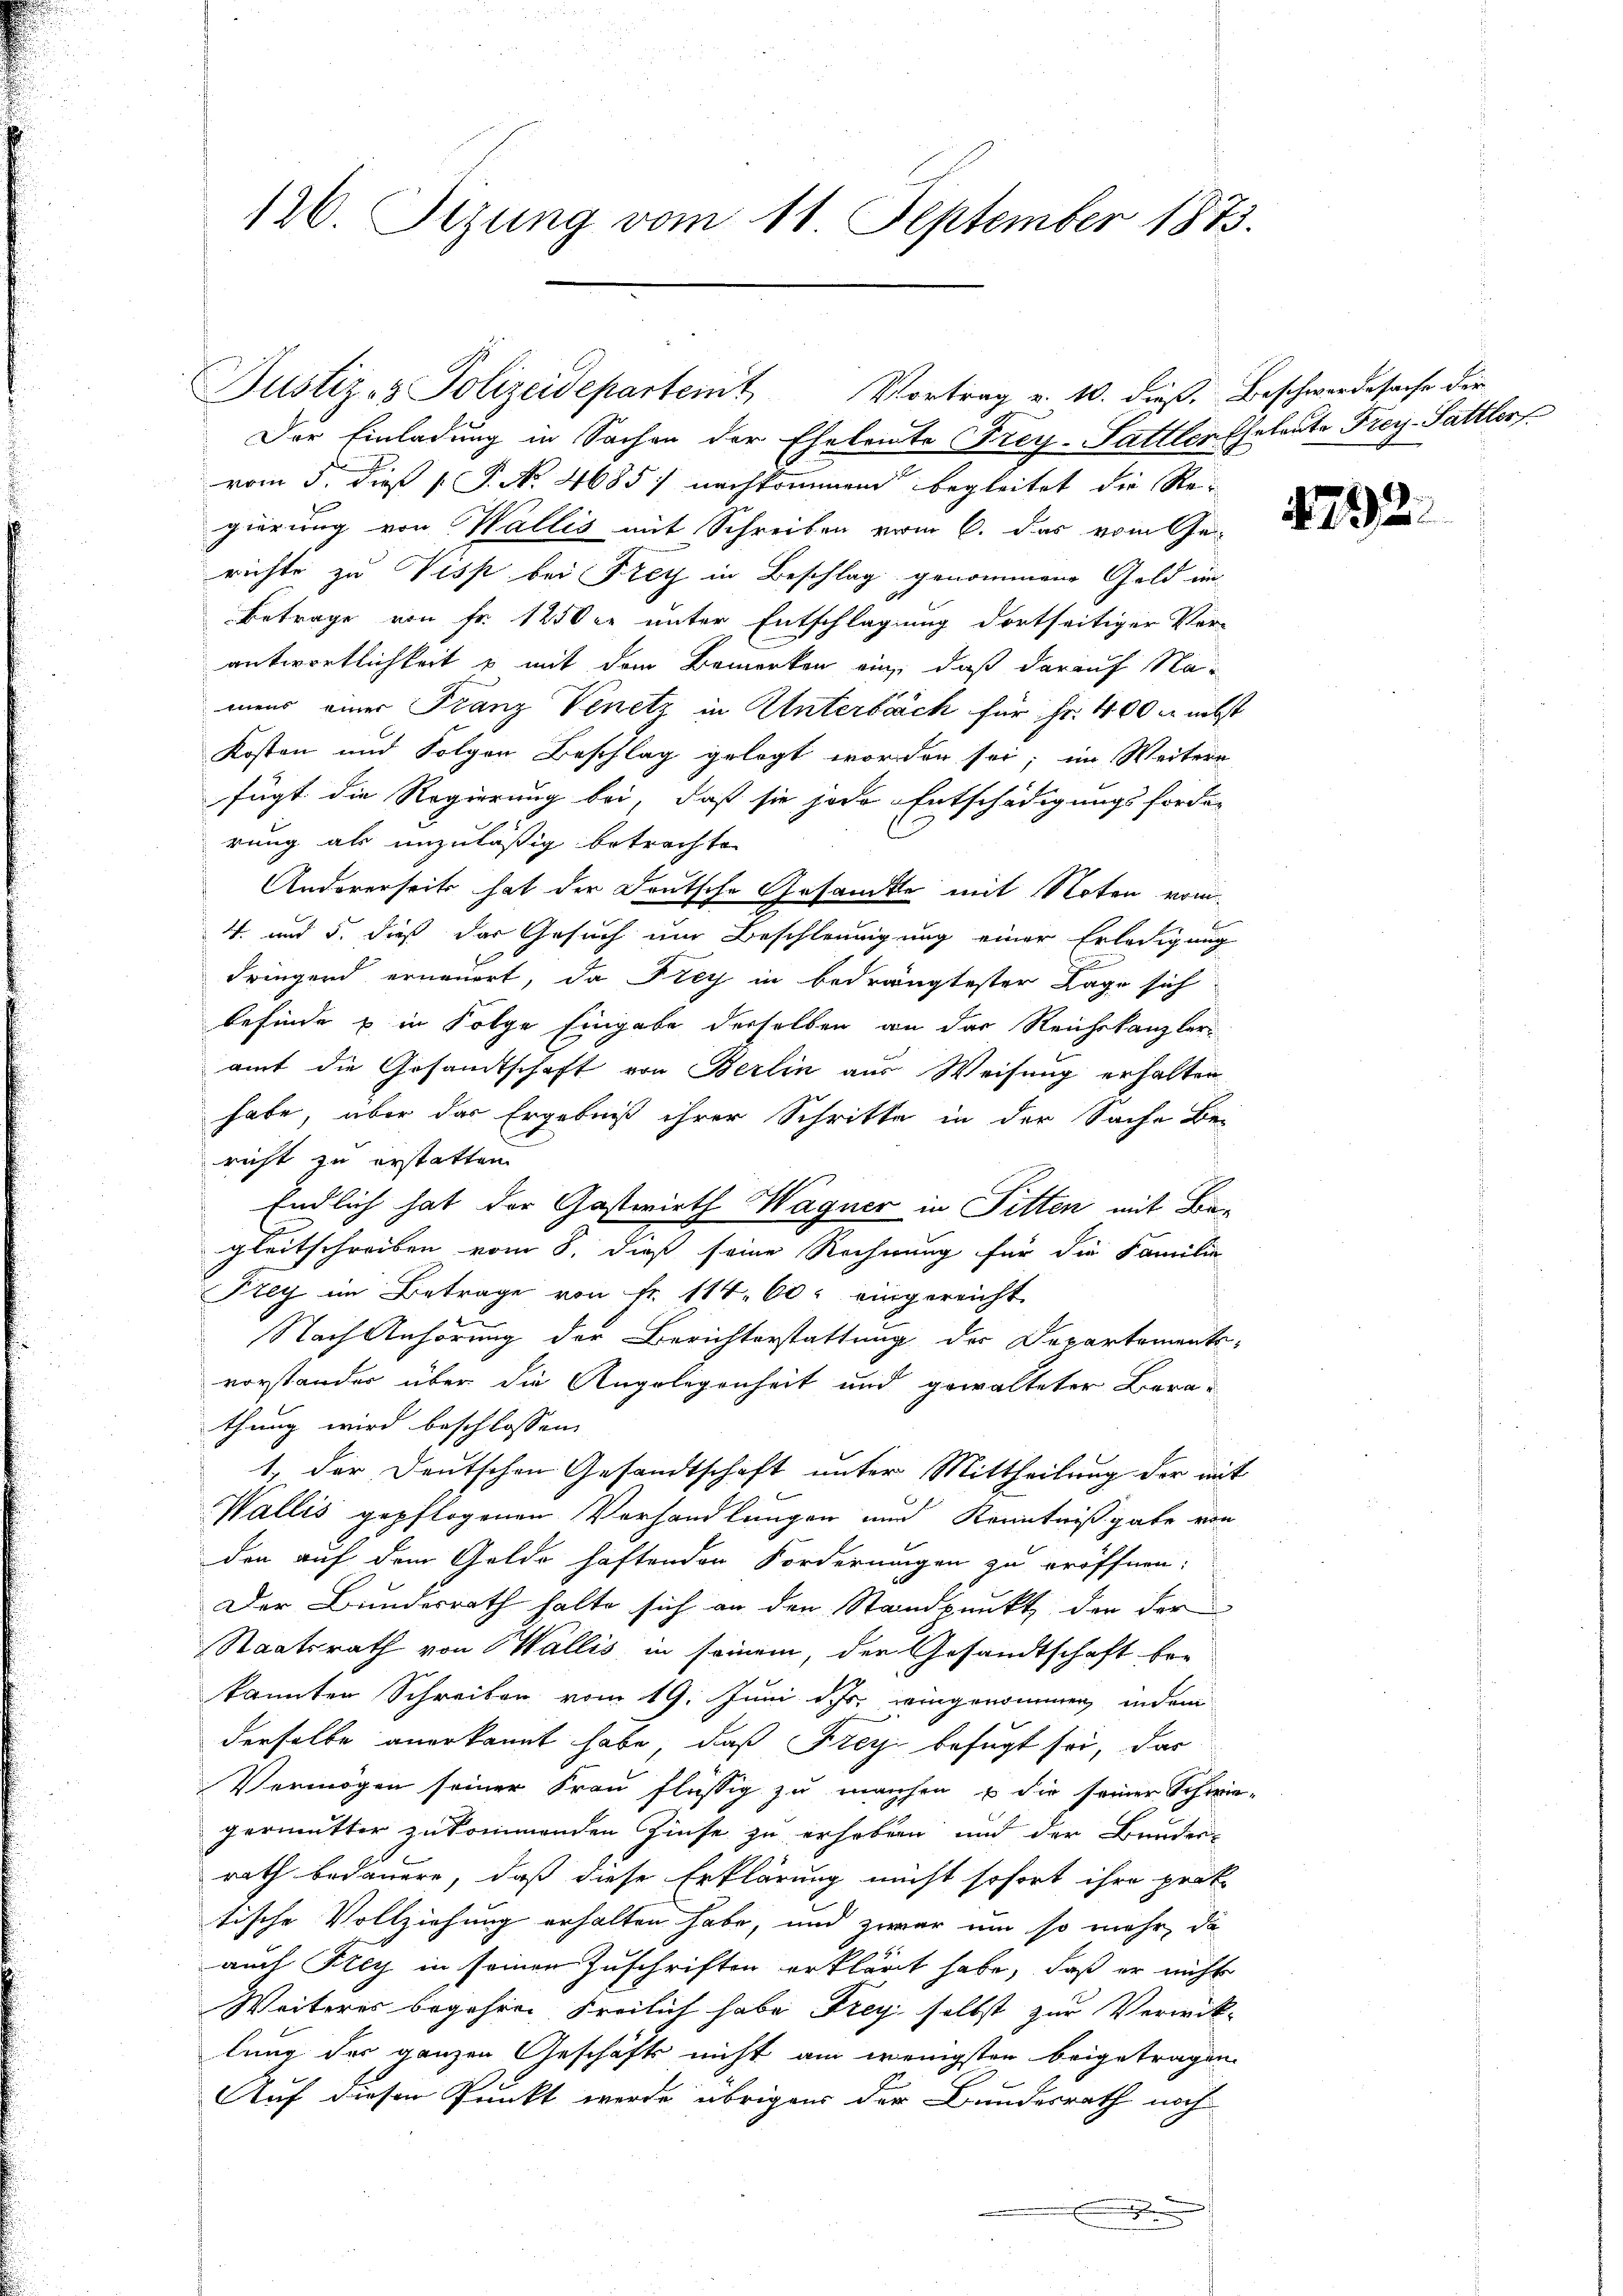
126. Sizung vom 11. September 1873.

Justiz- & Polizeidepartemit Vortrag v. 10. dieß. Beschwerdesache der
Der Einladung in Sachen der Eheleite Frey-Sattler Eheleute Frey-Sattler
vom 5. dieß P. No. 4685) nachkommend begleitet die Re-

gierung von Wallis mit Schreiben vom 6. das vom Ge
richte zu Visp bei Frey in Beschlag genommene Geld im
Betrage von Fr. 1250er unter Entschlagung dortseitiger Ver-
antwortlichkeit u mit dem Bemerken ein, daß darauf Namens einer Franz Venetz in Unterbräch für Fr. 400 M nebst
Kosten und Folgen Beschlag gelegt worden sei; im Weitere
fügt die Regierung bei, daß sie jede Entschädigungsforder
rung als unzuläßig betrachte
Andererseits hat der Deutsche Gesandte mit Noten vom
4. und 5. dieß der Gesuch um Beschleunigung einer Erledigung
dringend erneuert, da Frey in bedrängtester Lage sich
befinde & in Folge Eingabe derselben an das Reichskanzler
amt die Gesandtschaft von Berlin aus Weisung erhalten
habe, über das Ergebniß ihrer Schritte in der Sache Be-
richt zu erstatten.
Endlich hat der Gastwirth Wagner in Fitten mit Begleitschreiben vom 8. dieß seine Rechnung für die Familie
Frey im Betrage von Fr. 114. 60. eingereicht
Nach Anhörung der Berichterstattung der Departements-
vorstander über die Angelegenheit und gewalteter Berathung wird beschlossen
1., der Deutschen Gesandtschaft unter Mittheilung der mit
Wallis gepflogenen Verhandlungen und Kenntniß gabe von
den auf dem Golde haftenden Forderungen zu eröffnen.
Der Bundesrath halte sich an den Standpunkt, den der
Staatsrath von Wallis in seinem, der Gesandtschaft be-
kannten Schreiben vom 19. Juni d. Js. eingenommen, indem
derselbe anerkannt habe, daß Frey befugt sei, das
Vermögen seiner Frau flüssig zu machen u die seiner Schwie-
germutter zukommenden Zinse zu erhoben und der Bundesrath bedauern, daß diese Erklärung nicht sofort ihre prot
tische Vollziehung erhalten habe, und zwar um so mehr, da
auch Frey in seinen Zuschriften erklärt habe, daß er nichts
Weiteres begehren Freilich habe Frey selbst zur Verwick-
lung der ganzen Geschäfts nicht am wenigsten beigetragen
Auf diesen Punkt werde übrigens der Bundesrath noch

492.